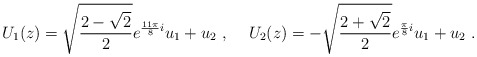
\begin{align*}U_1(z)=\sqrt{\frac{2-\sqrt{2}}{2}} e^{\frac{11\pi}{8}i} u_1 +u_2~,\hskip 0.5cmU_2(z)=-\sqrt{\frac{2+\sqrt{2}}{2}} e^{\frac{\pi}{8}i} u_1 +u_2 ~.\end{align*}